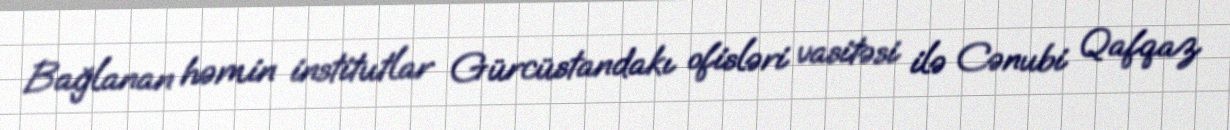
Bağlanan həmin institutlar Gürcüstandakı ofisləri vasitəsi ilə Cənubi Qafqaz